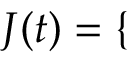
J ( t ) = \left\{ \begin{array} { r l r } \end{array} \right.